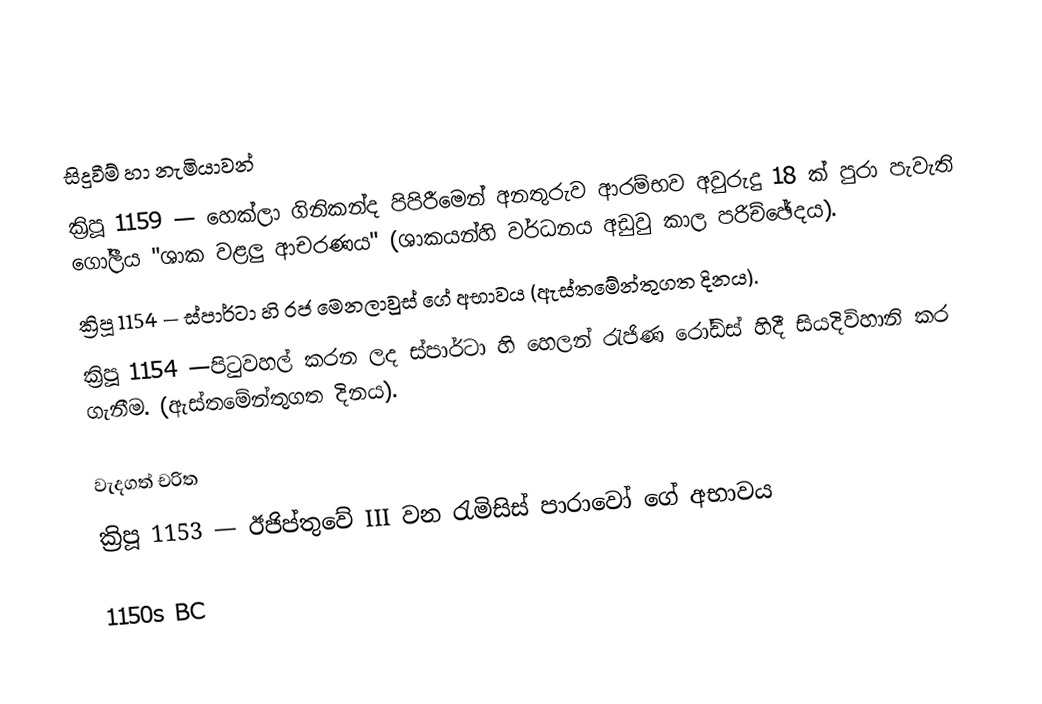

සිදුවීම් හා නැමියාවන්
 ක්‍රිපූ 1159 — හෙක්ලා ගිනිකන්ද පිපිරීමෙන් අනතුරුව ආරම්භව අවුරුදු 18 ක් පුරා පැවැති ගෝලීය "ශාක වළලු ආචරණය" (ශාකයන්හි වර්ධනය අඩුවු කාල පරිච්ඡේදය).
 ක්‍රිපූ 1154 — ස්පාර්ටා හි රජ මෙනලාවුස් ගේ අභාවය (ඇස්තමේන්තුගත දිනය).
 ක්‍රිපූ 1154 —පිටුවහල් කරන ලද ස්පාර්ටා හි හෙලන් රැජිණ රෝඩ්ස් හිදී සියදිවිහානි කර ගැනීම. (ඇස්තමේන්තුගත දිනය).

වැදගත් චරිත
 ක්‍රිපූ 1153 — ඊජිප්තුවේ III වන රැමිසිස් පාරාවෝ ගේ අභාවය

1150s BC